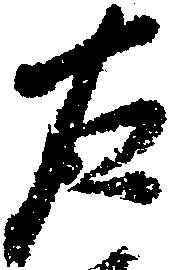
右